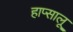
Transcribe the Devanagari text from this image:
हाप्सालू